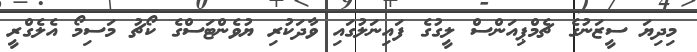
މިދިޔަ ސީޒަނުގެ ޗެމްޕިއަންސް ލީގުގެ ފައިނަލުގައި ވާދަކުރި ޔުވެންޓަސްގެ ކޯޗު މަސިމޯ އެލެގްރީ